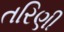
તરિણી